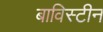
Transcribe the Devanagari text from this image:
बाविस्टीन